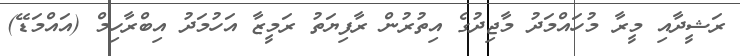
ރަޝީދާއި މީރާ މުހައްމަދު މާޖިދުގެ އިތުރުން ރާފިޔަތު ރަމީޒާ އަހުމަދު އިބްރާހިމް (އައްމަޑޭ)